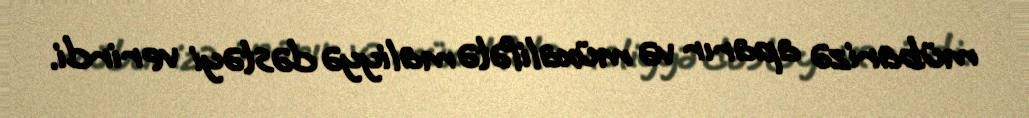
mübarizə aparır və müxalifətə maliyyə dəstəyi verirdi.